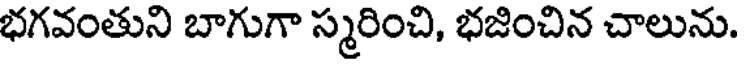
భగవంతుని బాగుగా స్మరించి, భజించిన చాలును.